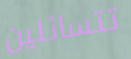
تتسائلين